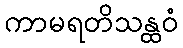
ကာမရတိသန္ထဝံ